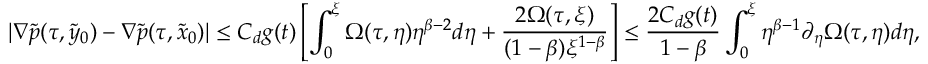
| \nabla \tilde { p } ( \tau , \tilde { y } _ { 0 } ) - \nabla \tilde { p } ( \tau , \tilde { x } _ { 0 } ) | \leq C _ { d } g ( t ) \left[ \int _ { 0 } ^ { \xi } \Omega ( \tau , \eta ) \eta ^ { \beta - 2 } d \eta + \frac { 2 \Omega ( \tau , \xi ) } { ( 1 - \beta ) \xi ^ { 1 - \beta } } \right] \leq \frac { 2 C _ { d } g ( t ) } { 1 - \beta } \int _ { 0 } ^ { \xi } \eta ^ { \beta - 1 } \partial _ { \eta } \Omega ( \tau , \eta ) d \eta ,